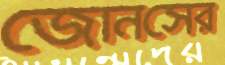
জোনসের